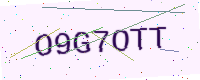
Text: O9G7OTT